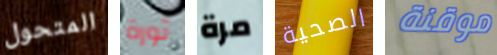
المتحول ثورة مرة الصحية موقنة